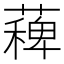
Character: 薭